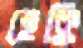
হেক্কি